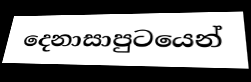
දෙනාසාපුටයෙන්